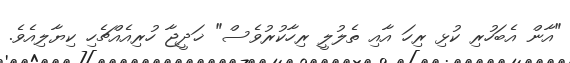
"އާން އެބަހުރި ކުޅި ރިހަ އާއި ތެލުލީ ރިހާކުރުވެސް" ޚަދީޖާ ހުރިއެއްޗެހި ކިޔާލިއެވެ.